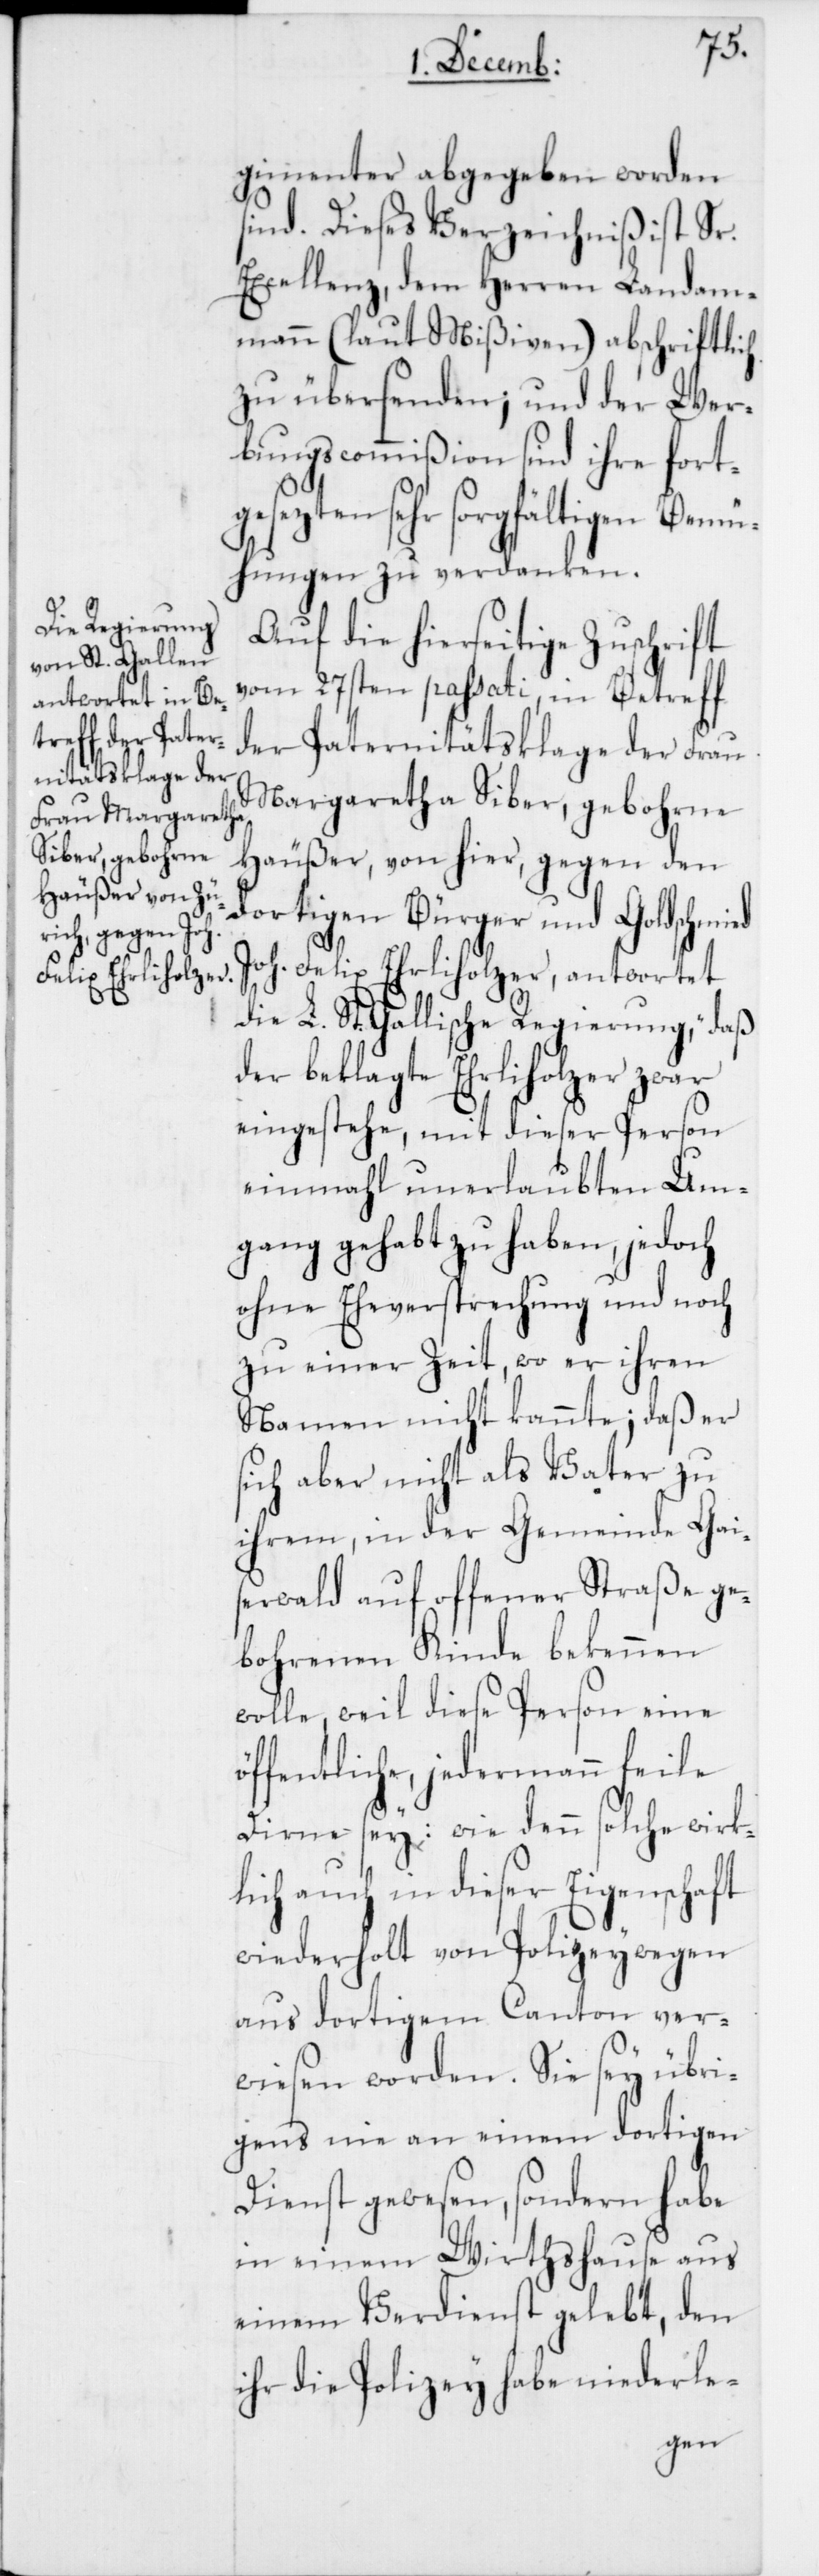
gimenter abgegeben worden
sind. Dieses Verzeichniß ist Sr.
Excellenz, dem Herren Landam¬
mann (laut Mißiven) abschriftlich
zu übersenden; und der Wer¬
bungscommißion sind ihre fortg¬
esezten sehr sorgfältigen Bemü¬
hungen zu verdanken.
Auf die hierseitige Zuschrift
vom 27sten passati, in Betreff
der Paternitätsklage der Frau
Margaretha Siber, gebohrne
Häußer, von hier, gegen den
dortigen Bürger und Goldschmied
Joh. Felix Ehrliholzer, antwortet
die L. St. Gallische Regierung, „daß
der beklagte Ehrliholzer zwar
eingestehe, mit dieser Person
einmahl unerlaubten Um¬
gang gehabt zu haben, jedoch
ohne Eheversprechung und noch
zu einer Zeit, wo er ihren
Namen nicht kante; daß er
sich aber nicht als Vater zu
ihrem, in der Gemeinde Gais¬
erwald auf offener Straße ge¬
bornen Kinde bekennen
wolle, weil diese Person eine
öffentliche, jedermann feile
Dirne sey; wie denn solche wirk¬
lich auch in dieser Eigenschaft
wiederholt von Polizeywegen
aus dortigem Canton ver¬
wiesen worden. Sie sey übri¬
gens nie an einem dortigen
Dienst gewesen, sondern habe
in einem Wirthshause aus
einem Verdienst gelebt, den
ihr die Polizey habe niederle-